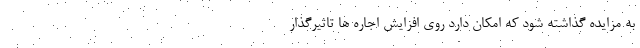
به مزایده گذاشته شود که امکان دارد روی افزایش اجاره ها تاثیرگذار